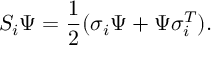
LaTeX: S _ { i } \Psi = \frac { 1 } { 2 } ( \sigma _ { i } \Psi + \Psi \sigma _ { i } ^ { T } ) .